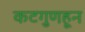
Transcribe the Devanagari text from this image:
कटगुणहून